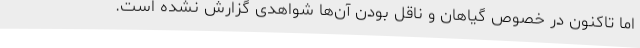
اما تاکنون در خصوص گیاهان و ناقل بودن آن‌ها شواهدی گزارش نشده است.